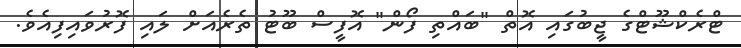
ޓްރެކްޝޫޓްގެ ޖީބުގައި އޮތް "ބައްތި ފޯން" އޮފީސް ބޫޓު ތެރެއަށް ލައި ފޮރުވައިފިއެވެ.